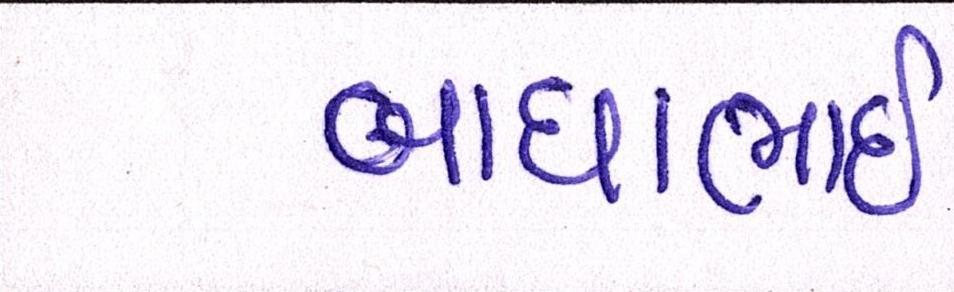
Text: બાઘાભાઇ